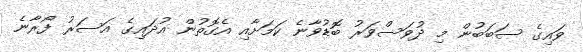
ވައިގެ ސަބަބުން މި ދުވަސްވަރު ބޮޑުވާނެ ކަމަށާއި އެގޮތުން އުދައިގެ އަސަރު ފޯރާނެ